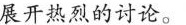
展开热烈的讨论。